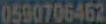
0590706462